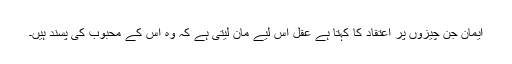
ایمان جن چیزوں پر اعتقاد کا کہتا ہے عقل اس لیے مان لیتی ہے کہ وہ اس کے محبوب کی پسند ہیں۔